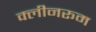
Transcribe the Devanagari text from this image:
क्लीनरूम